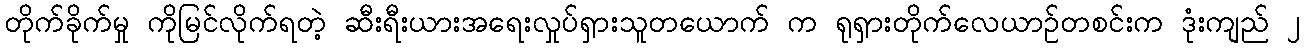
တိုက်ခိုက်မှု ကိုမြင်လိုက်ရတဲ့ ဆီးရီးယားအရေးလှုပ်ရှားသူတယောက် က ရုရှားတိုက်လေယာဉ်တစင်းက ဒုံးကျည် ၂